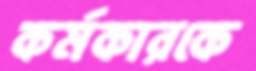
কর্মকারকে